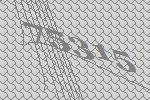
75315